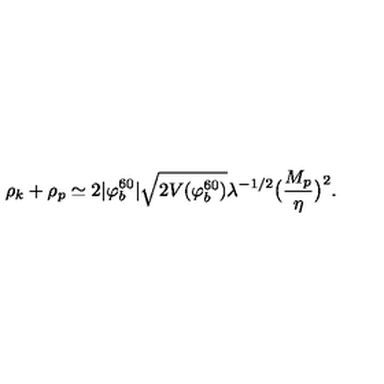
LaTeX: \rho _ { k } + \rho _ { p } \simeq 2 | \varphi _ { b } ^ { 6 0 } | \sqrt { 2 V ( \varphi _ { b } ^ { 6 0 } ) } \lambda ^ { - 1 / 2 } \bigl ( { \frac { M _ { p } } { \eta } } \bigr ) ^ { 2 } .